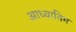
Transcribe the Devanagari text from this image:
आध्यातिम